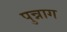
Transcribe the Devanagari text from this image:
पुन्नाग